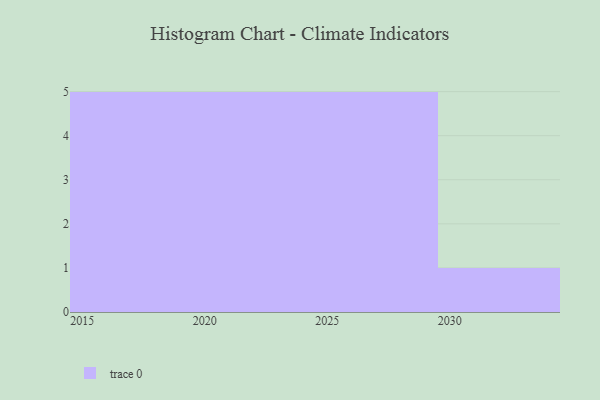
{"axis": {"x": "Year", "y": "Tickets Resolved"}, "legend": [""], "data": [{"x": "2030", "y": 38, "type": ""}, {"x": "2021", "y": 76, "type": ""}, {"x": "2017", "y": 36, "type": ""}, {"x": "2020", "y": 99, "type": ""}, {"x": "2026", "y": 32, "type": ""}, {"x": "2027", "y": 10, "type": ""}, {"x": "2015", "y": 42, "type": ""}, {"x": "2019", "y": 60, "type": ""}, {"x": "2028", "y": 34, "type": ""}, {"x": "2029", "y": 61, "type": ""}, {"x": "2016", "y": 75, "type": ""}, {"x": "2025", "y": 48, "type": ""}, {"x": "2018", "y": 54, "type": ""}, {"x": "2023", "y": 43, "type": ""}, {"x": "2024", "y": 96, "type": ""}, {"x": "2022", "y": 66, "type": ""}]}